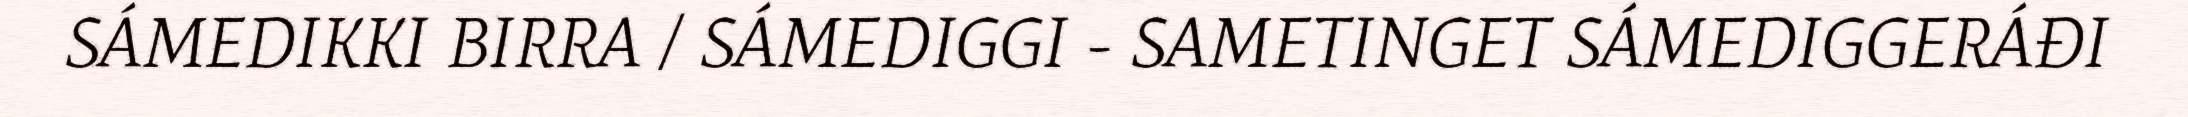
SÁMEDIKKI BIRRA / SÁMEDIGGI - SAMETINGET SÁMEDIGGERÁĐI